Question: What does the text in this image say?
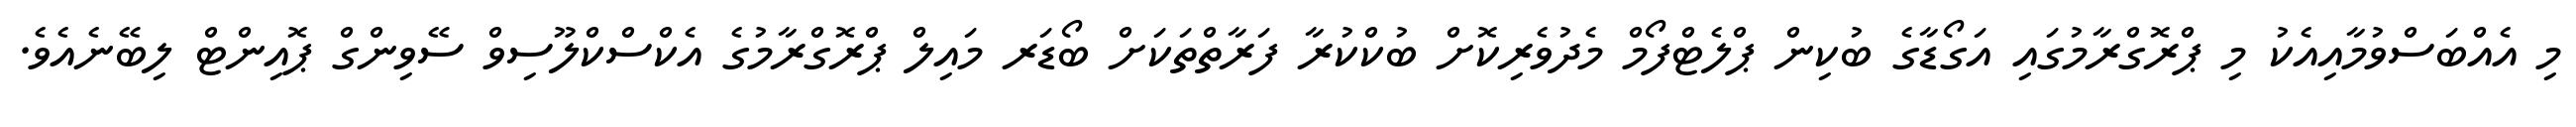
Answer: މި އެއްބަސްވުމާއިއެކު މި ޕްރޮގްރާމުގައި އަގޯޑާގެ ބުކިން ޕްލެޓްފޯމް މެދުވެރިކޮށް ބުކްކުރާ ފަރާތްތަކަށް ބޯޑަރ މައިލް ޕްރޮގްރާމުގެ އެކްސްކްލޫސިވް ސޭވިންގް ޕޮއިންޓް ލިބޭނެއެވެ.